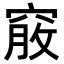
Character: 𥦵